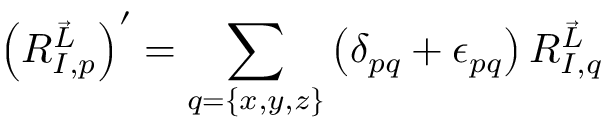
\left( R _ { I , p } ^ { \vec { L } } \right) ^ { \prime } = \sum _ { q = \{ x , y , z \} } \left( \delta _ { p q } + \epsilon _ { p q } \right) R _ { I , q } ^ { \vec { L } }